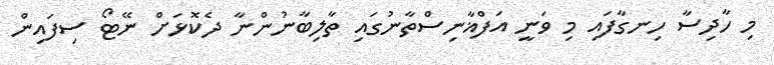
މި ހާދިސާ ހިނގާފައި މި ވަނީ އަފްޣާނިސްތާނުގައި ތާލިބާނުންނާ ދެކޮޅަށް ނޭޓޯ ސިފައިން